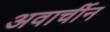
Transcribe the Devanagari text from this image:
अवार्चीन